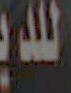
اللد